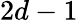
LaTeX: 2d-1